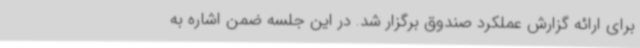
برای ارائه گزارش عملکرد صندوق برگزار شد. در این جلسه ضمن اشاره به